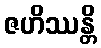
ဇဟိဿန္တိ